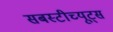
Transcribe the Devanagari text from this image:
सबस्टीच्यूट्स